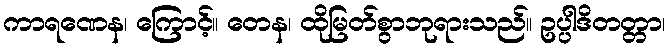
ကာရဏေန၊ ကြောင့်။ တေန၊ ထိုမြတ်စွာဘုရားသည်။ ဥပ္ပါဒိတတ္တာ၊